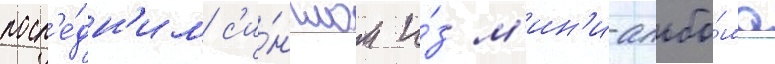
посл'е́дн'им с'и́нглом и́з м'ин'и-альбо́ма